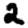
Digit: 2